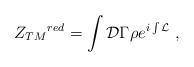
LaTeX: \begin{align*}{Z_{TM}}^{red}=\int{\cal D}\Gamma\rho e^{i\int{\cal L}} \;,\end{align*}